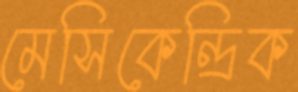
মেসিকেন্দ্রিক